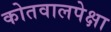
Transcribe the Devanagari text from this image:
कोतवालपेक्षा